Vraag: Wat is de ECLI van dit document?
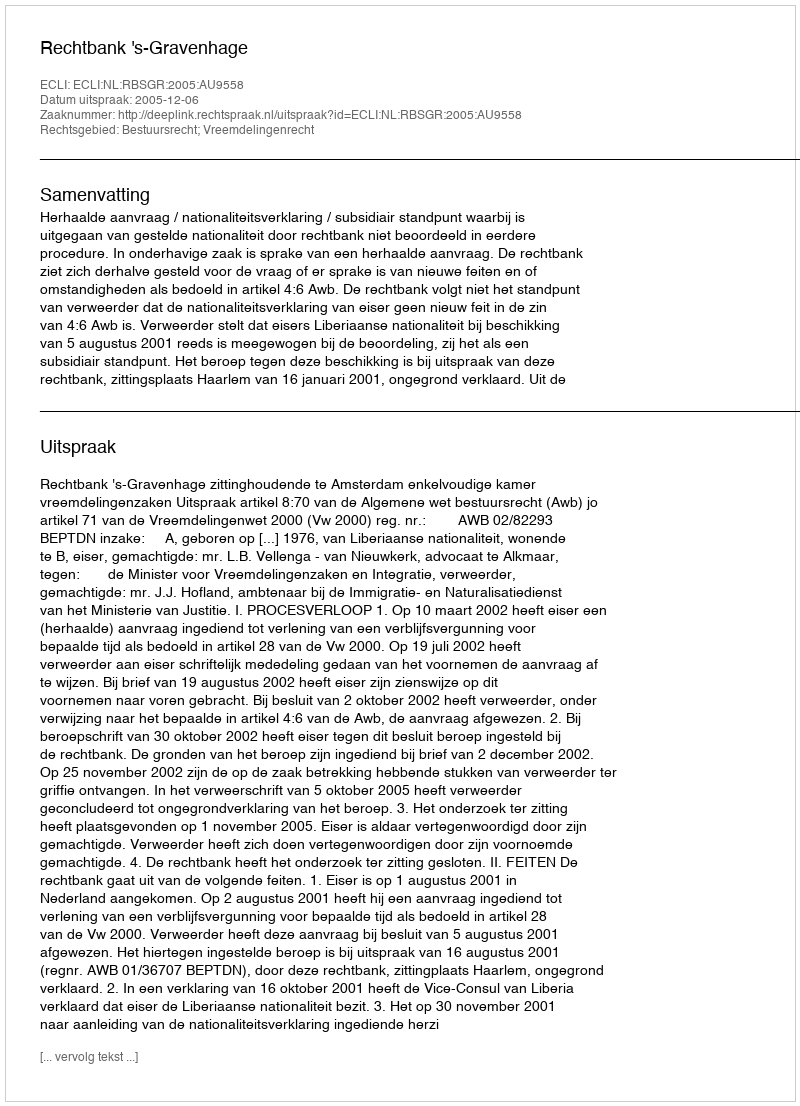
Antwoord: ECLI:NL:RBSGR:2005:AU9558